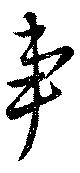
事